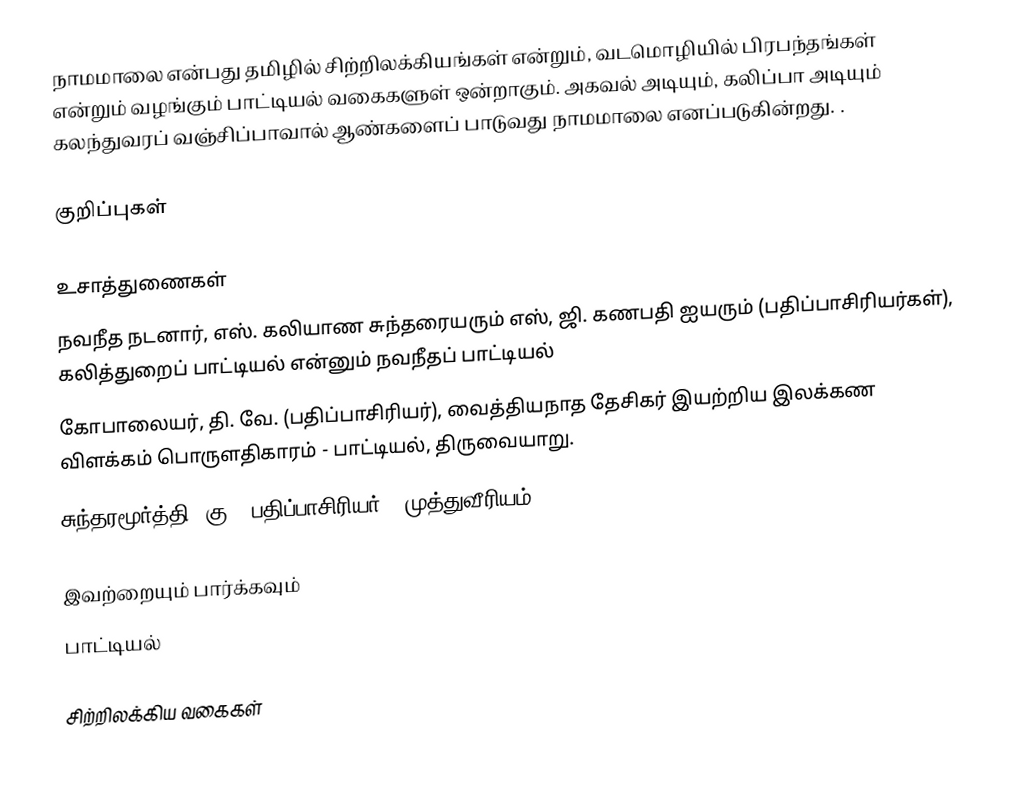
நாமமாலை என்பது தமிழில் சிற்றிலக்கியங்கள் என்றும், வடமொழியில் பிரபந்தங்கள் என்றும் வழங்கும் பாட்டியல் வகைகளுள் ஒன்றாகும். அகவல் அடியும், கலிப்பா அடியும் கலந்துவரப் வஞ்சிப்பாவால் ஆண்களைப் பாடுவது நாமமாலை எனப்படுகின்றது. .

குறிப்புகள்

உசாத்துணைகள்
 நவநீத நடனார், எஸ். கலியாண சுந்தரையரும் எஸ், ஜி. கணபதி ஐயரும் (பதிப்பாசிரியர்கள்), கலித்துறைப் பாட்டியல் என்னும் நவநீதப் பாட்டியல்
 கோபாலையர், தி. வே. (பதிப்பாசிரியர்), வைத்தியநாத தேசிகர் இயற்றிய இலக்கண விளக்கம் பொருளதிகாரம் - பாட்டியல், திருவையாறு.
 சுந்தரமூர்த்தி, கு. (பதிப்பாசிரியர்), முத்துவீரியம்

இவற்றையும் பார்க்கவும்
 பாட்டியல்

சிற்றிலக்கிய வகைகள்